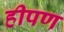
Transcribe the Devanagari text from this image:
हीपण